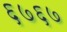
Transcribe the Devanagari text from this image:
६७६७